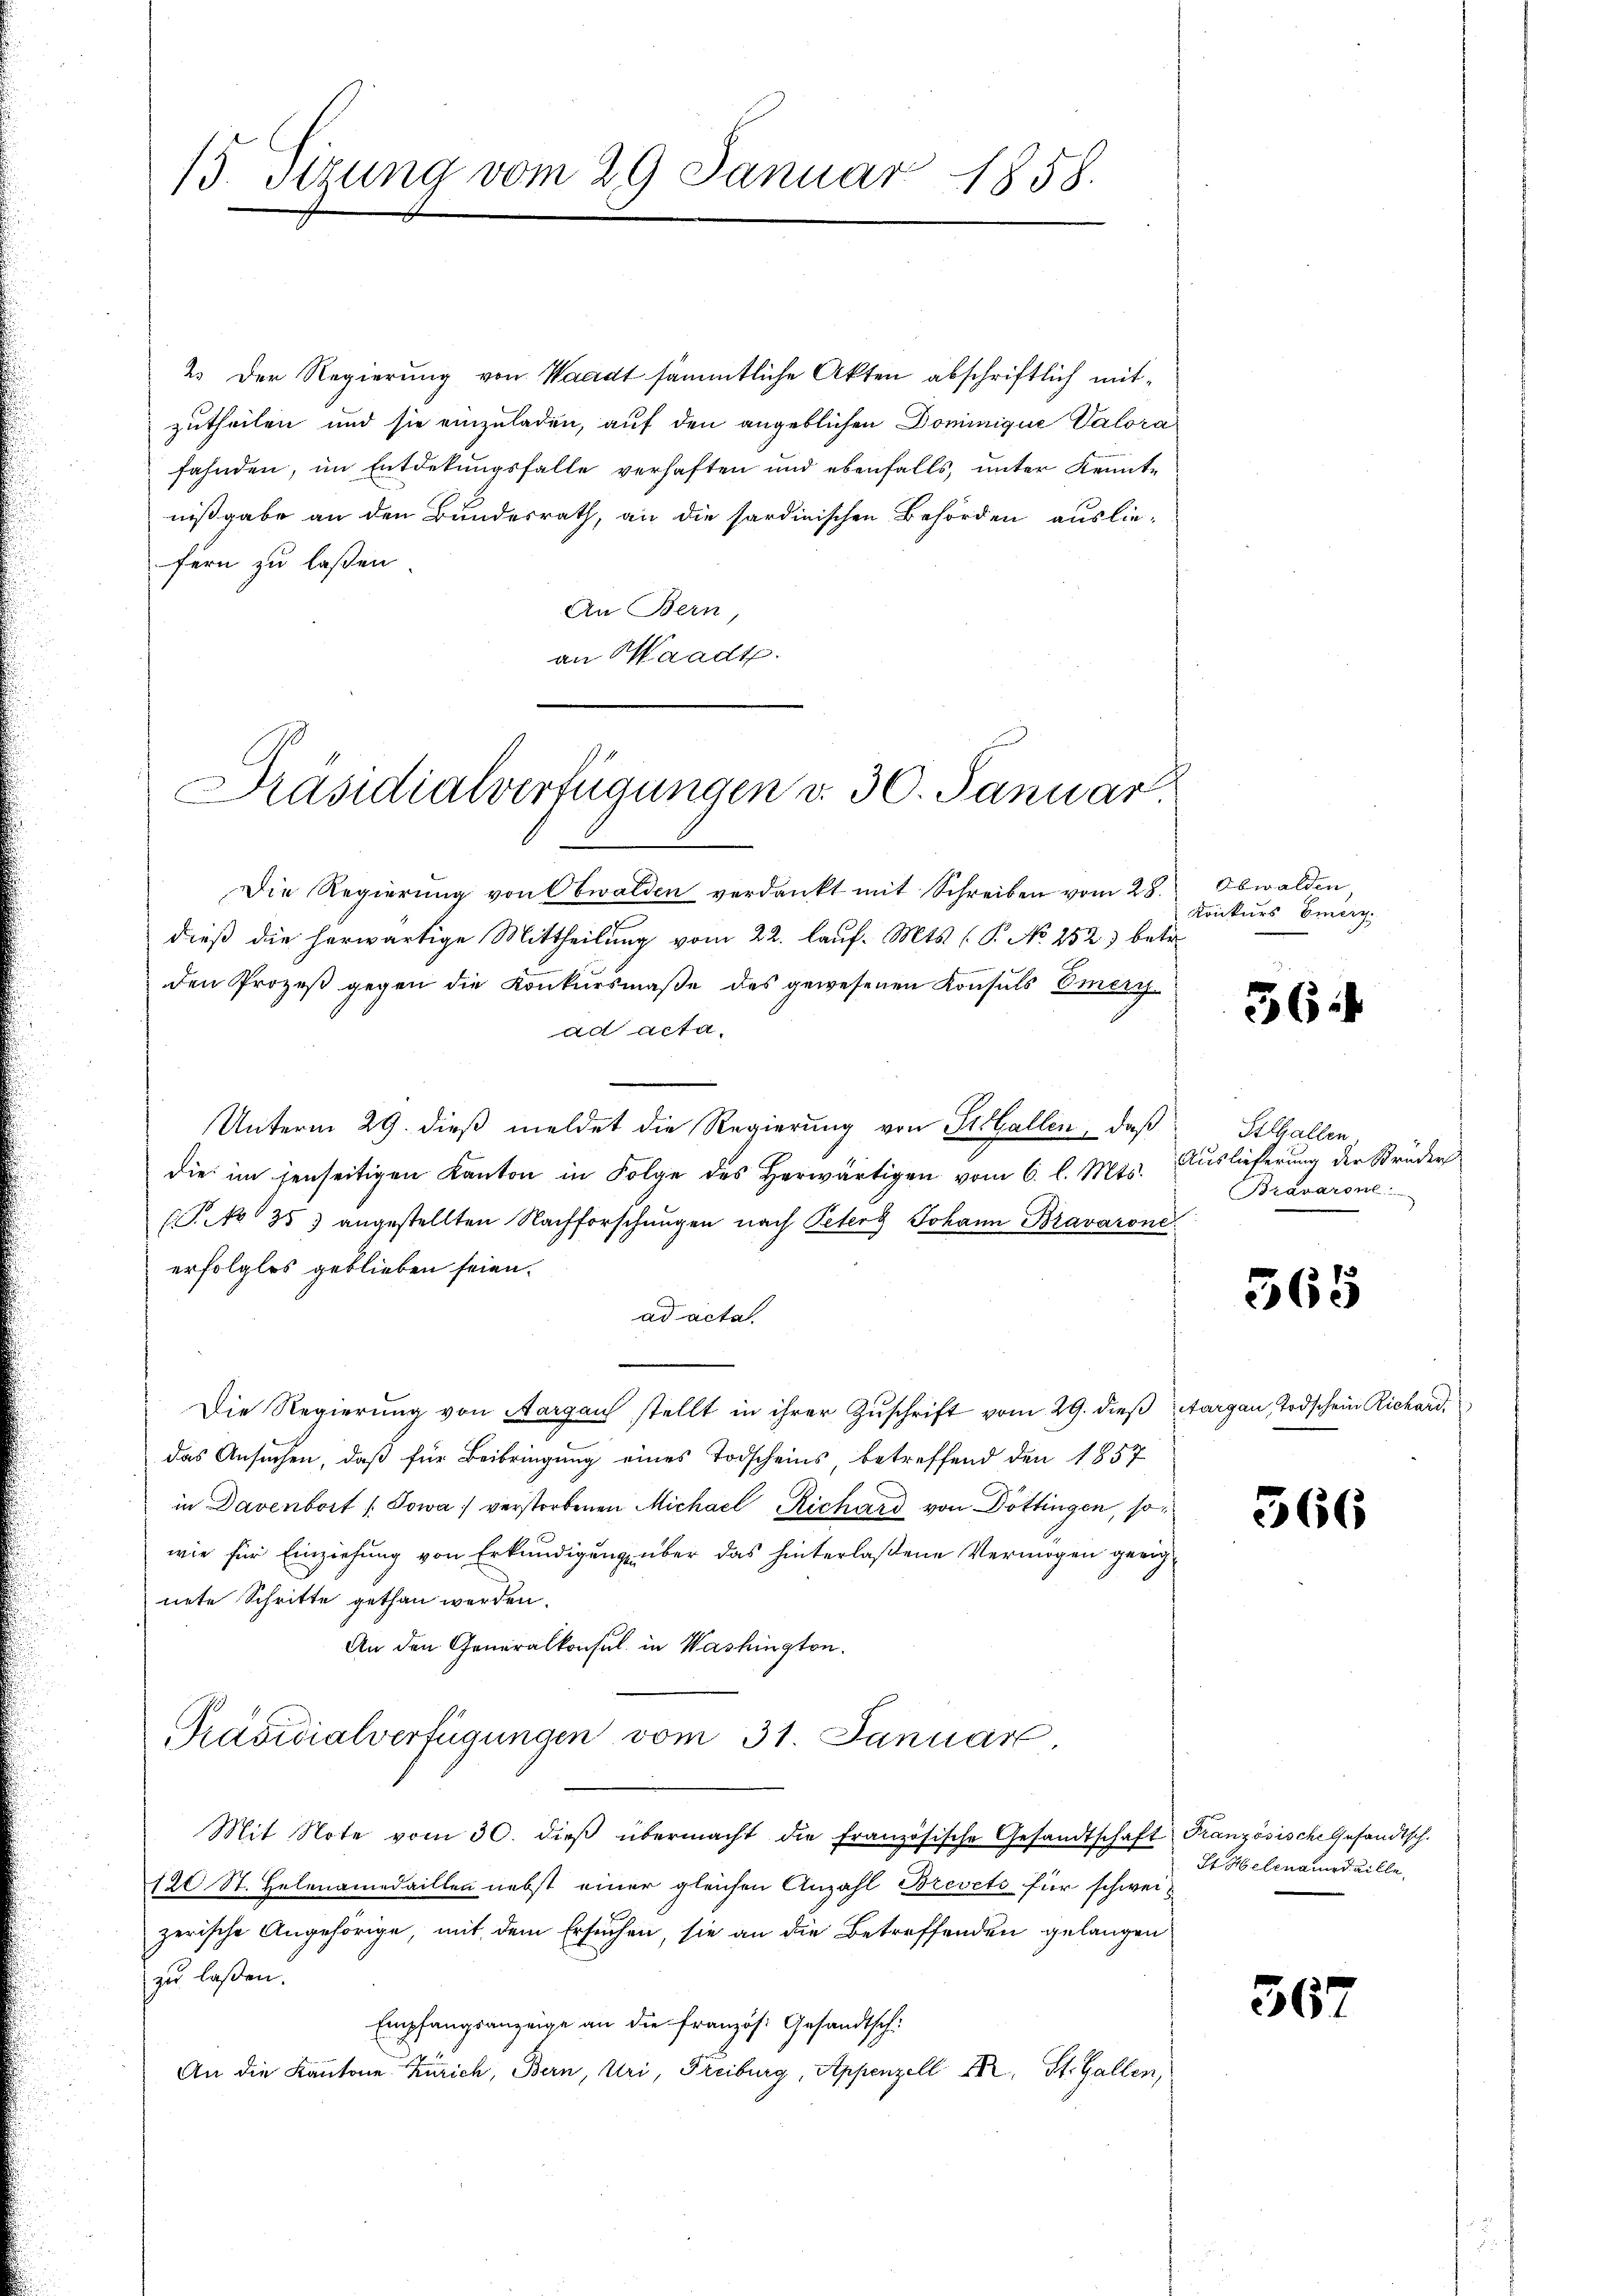
15. Sizung vom 29 Januar 1858.

2. Der Regierung von Waadt sämmtliche Akten abschriftlich mitzutheilen und sie einzuladen, auf den angeblichen Dominigue Valorafahnden, im Entdekungsfalle verhaften und ebenfalls, unter Kennte
nißgabe an den Bundesrath, an die sardinischen Behörden auslie-
fern zu laßen.
An Bern,
an Waadt.
Die Regierŭng von Obwalden verdankt mit Schreiben vom 28.
dieß die herwärtige Mittheilung vom 22. laŭf. Mts. (P No 252) betr.
den Prozeß gegen die Konkursmaße des gewesenen Konsuls Emery
ad acta.
Unterm 29. dieß meldet die Regierung von St.Gallen, daß Stlhallen
die im jenseitigen Kanton in Folge des herwärtigen vom 6. l. Mts.
 No 35) angestellten Nachforschungen nach Peter Johann Bravarone
erfolglos geblieben seien.
ad acta
Die Regierŭng von Aargau stellt in ihrer Zŭschrift vom 29. dieβ Aargau, Todschein Richard,
das Ansuchen, daß für Beibringung eines Todscheins, betreffend den 1857
in Davenbort (Sowa verstorbenen Michael Richard von Döttingen, sowie für Einziehung von Erkundigung über das hinterlaßene Vermögen gerichnete Schritte gethan werden.
An den Generalkonsul in Washington.
Präsidialverfügungen vom 31. Januar
Mit Note vom 30. dieβ übermacht die französische Gesandtschaft Französische Gesandtsch.
120 St. Helenamedaillen nebst einer gleichen Anzahl Brevets für schweizerische Angehörige, mit dem Ersuchen, sie an die Betreffenden gelangen
zu laßen.
Empfangsanzeige an die französ. Gesandtsch:
An die Kantone Zürich, Bern, Uri, Freiburg, Appenzell II, St. Gallen,

Präsidialverfügungen v. 30. Januar.

Obwalden,
Konkurs Emerz.

36

Auslieferung der Struder
Bravarone

565

366

St. Helenard ville,

36